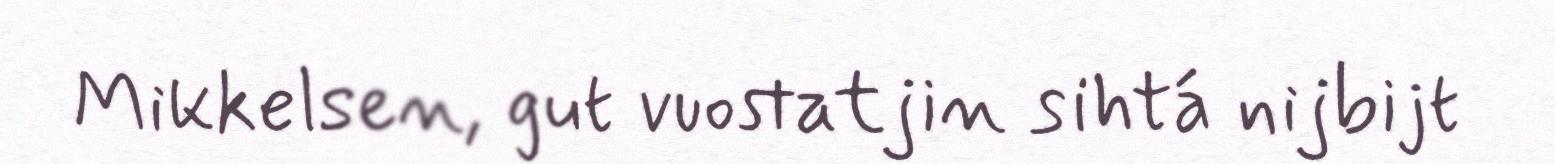
Mikkelsen, gut vuostatjin sihtá nijbijt